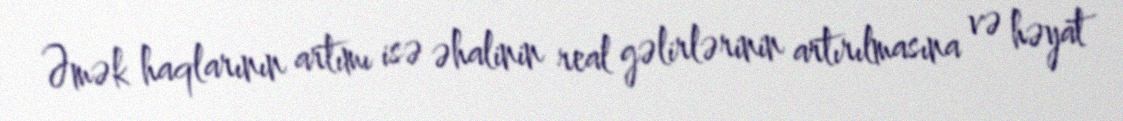
Əmək haqlarının artımı isə əhalinin real gəlirlərinin artırılmasına və həyat